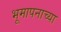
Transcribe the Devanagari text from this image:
भूमापनाच्या